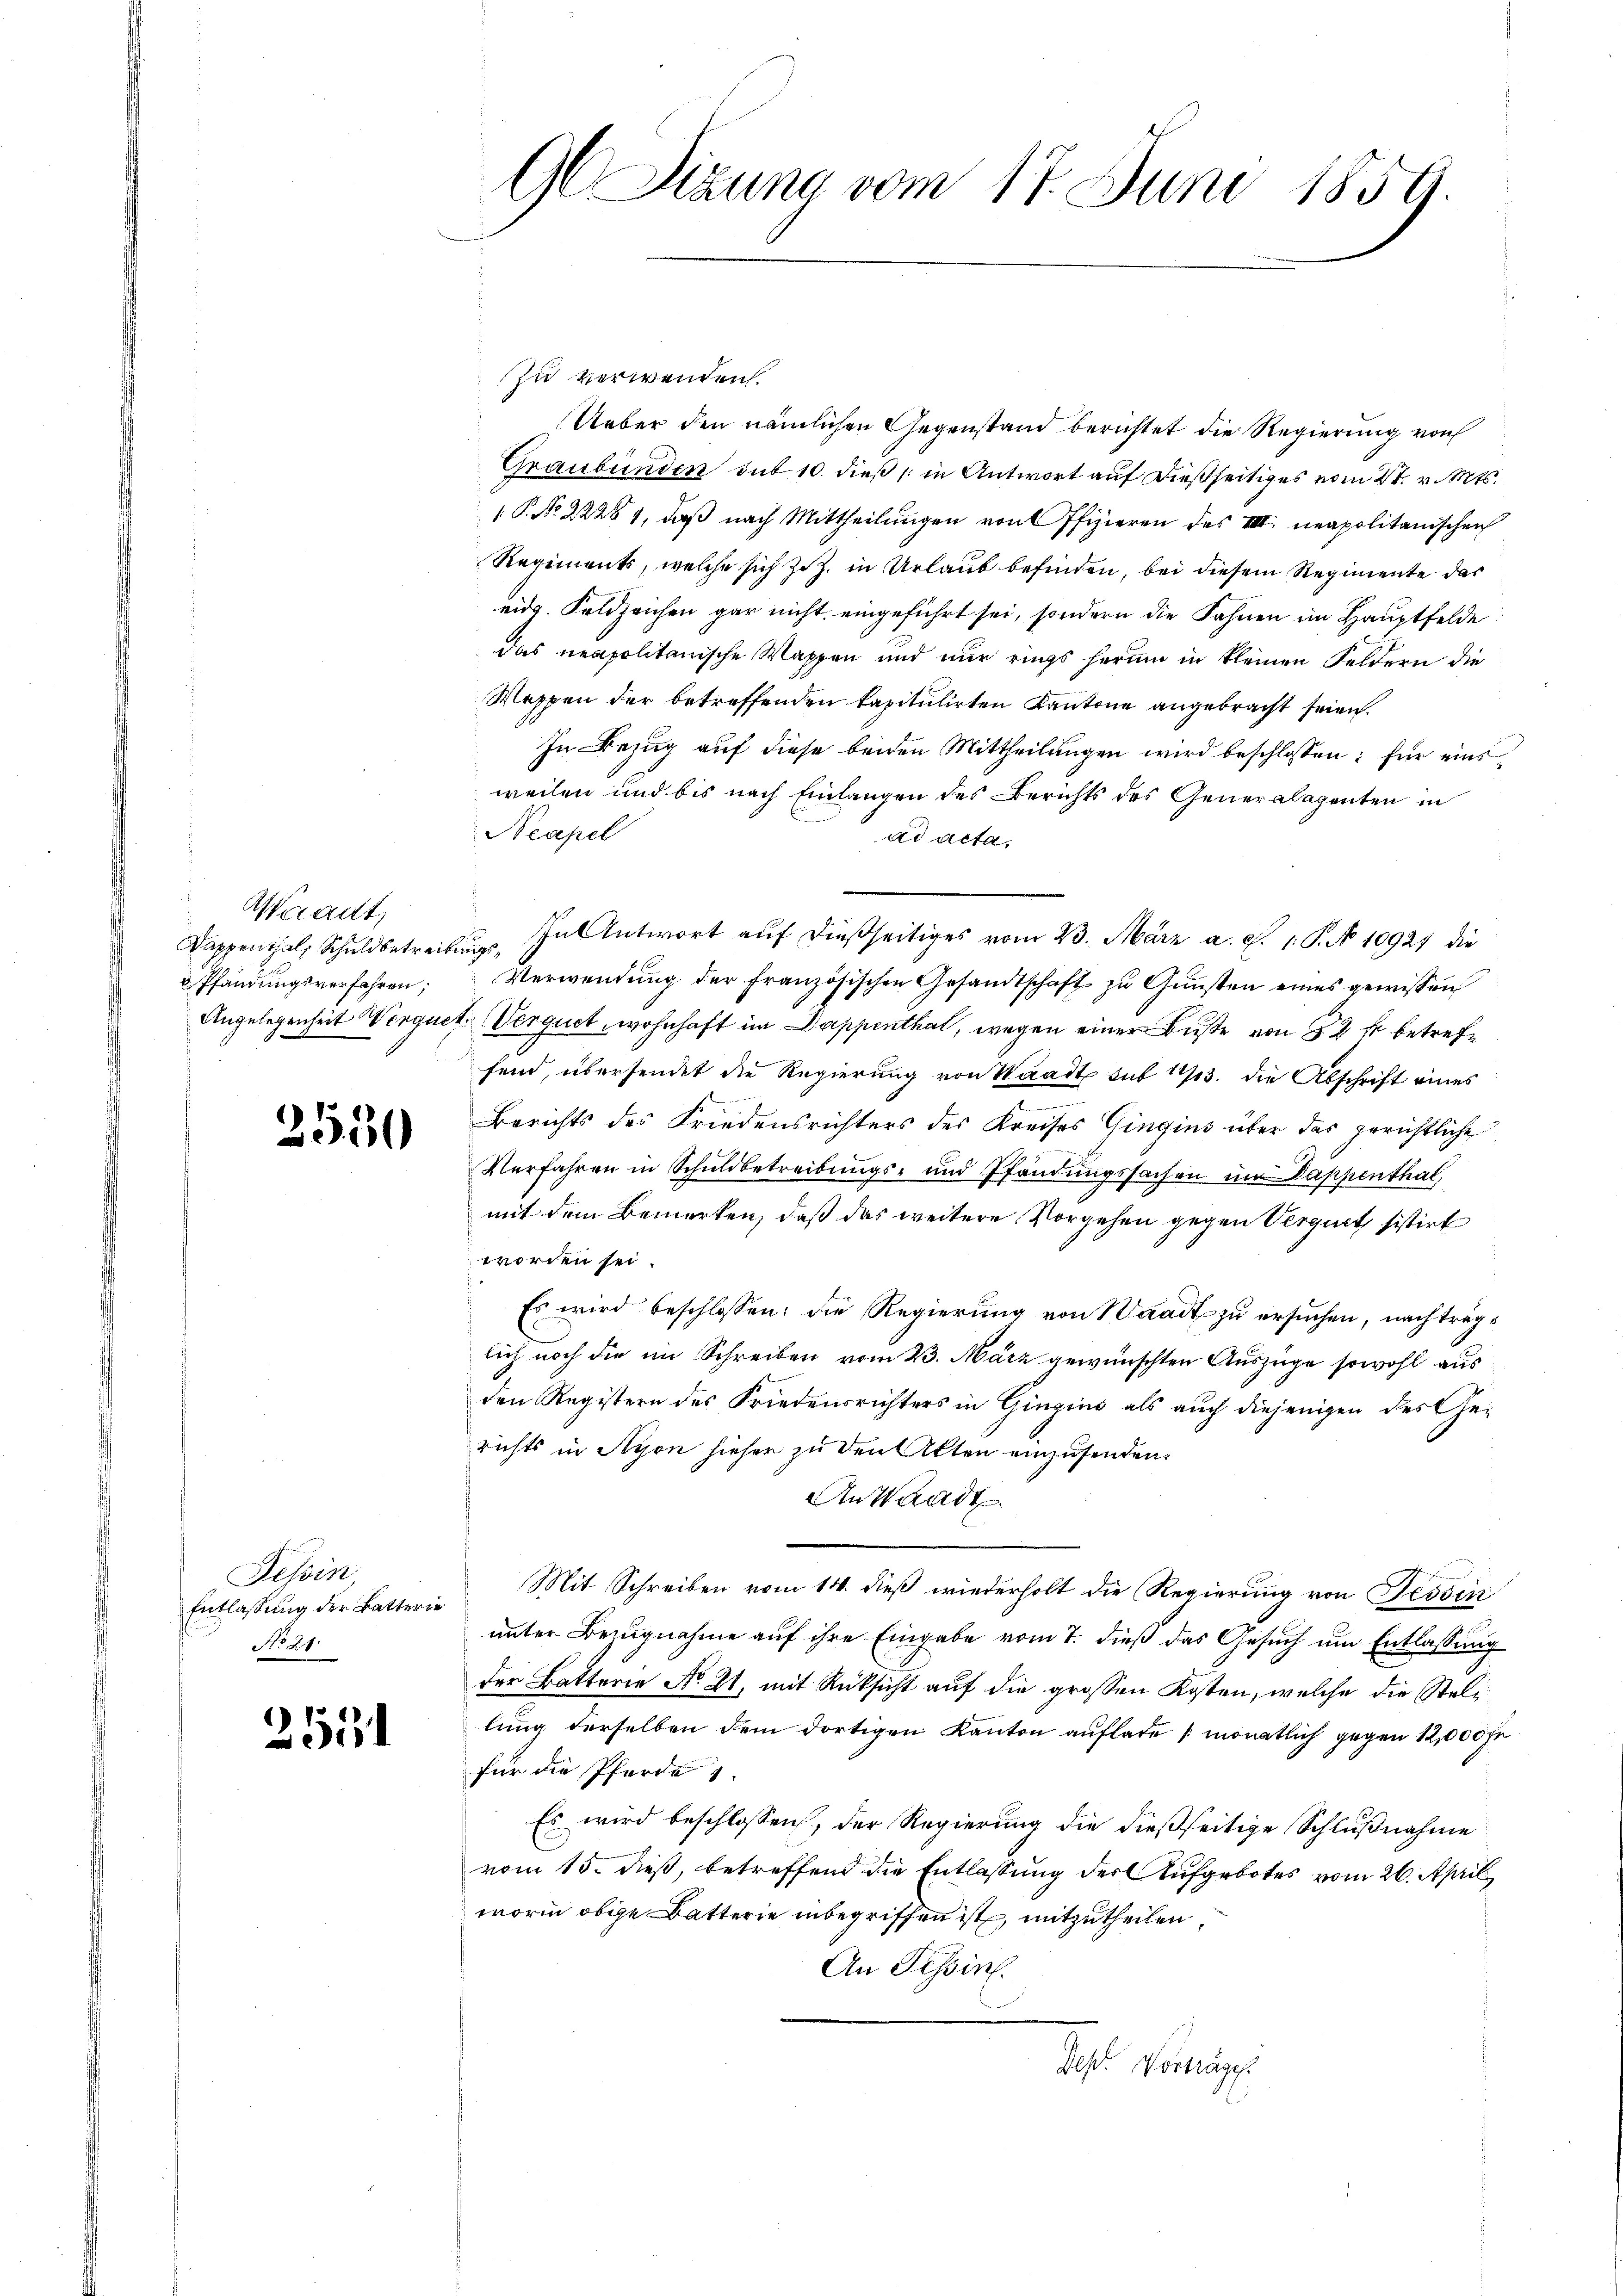
Waadt,
Sappenthal, Schuldbetreibungs¬
 Pfändungsverfahren;

3550

Tessin
No 21.

2531

G Sizung vom 17. Juni 1859.

Zu verwenden.
Ueber den nämlichen Gegenstand berichtet die Regierung von
Graubünden sub 10. dieß (in Antwort auf dießseitiges vom 2t. v. Mts.
 P. No. 22281, daß nach Mittheilungen von Pfizieren des III neapolitanischen
Regiments, welche sich z. Z. in Urlaub befinden, bei diesem Regimente das
eidg. Feldzeichen gar nicht eingeführt sei, sondern die Fahnen im Hauptfelde
das neapolitanische Wappen und nur rings herum in kleinen Feldern die
Wappen der betreffenden kapitulirten Kantone angebracht seien.
In Bezug auf diese beiden Mittheilungen wird beschlossen: für einsweilen und bis nach Einlangen des Berichts des Generalagenten in
Neapel
ad acta.
In Antwort auf dießseitiges vom 23. März a. c. 1 S. No 10921 die
Verwendung der französischen Gesandtschaft zu Gunsten eines gewissen
Angelegenheit Werquet Verguet, wohnhaft im Dappenthal, wegen einer Buße von § 2 f betreffend, übersendet die Regierung von Waadt sub 113. die Abschrift eines
Berichts des Friedensrichters des Kreises Gingins über das gerichtliche
Verfahren in Schuldbetreibungs- und Pfandungssachen um Dappenthal,
mit dem Bemerken, daß das weitere Vorgehen gegen Vergut sistirt
worden sei.
Es wird beschlossen: die Regierung von Waadt zu ersuchen, nachträglich noch die im Schreiben vom 23. März gewünschten Auszüge sowohl aus
den Registern des Friedensrichters in Gingino als auch diejenigen des Gerichts in Nyon hieher zu den Akten einzusenden.
An Waadt
Entlassŭng der Batterin Mit Schreiben vom 14. dieβ wiederholt die Regierung von Tessin
unter Bezugnahme auf ihre Eingabe vom 7. dieß das Gesuch um Entlassung
der Batterie No 21, mit Rücksicht auf die großen Kosten, welche die Stellung derselben dem dortigen Kanton auflade monatlich gegen 12,000 fn
für die Pferde 1
Es wird beschlossen, der Regierung die dießseitige Schlußnahme
vom 15. dieß, betreffend die Entlassung der Aufgebotes vom 26. April
worin obige Datterie inbegriffen ist, mitzutheilen,
An Tessin.
Ges. Vortrages